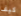
كيف